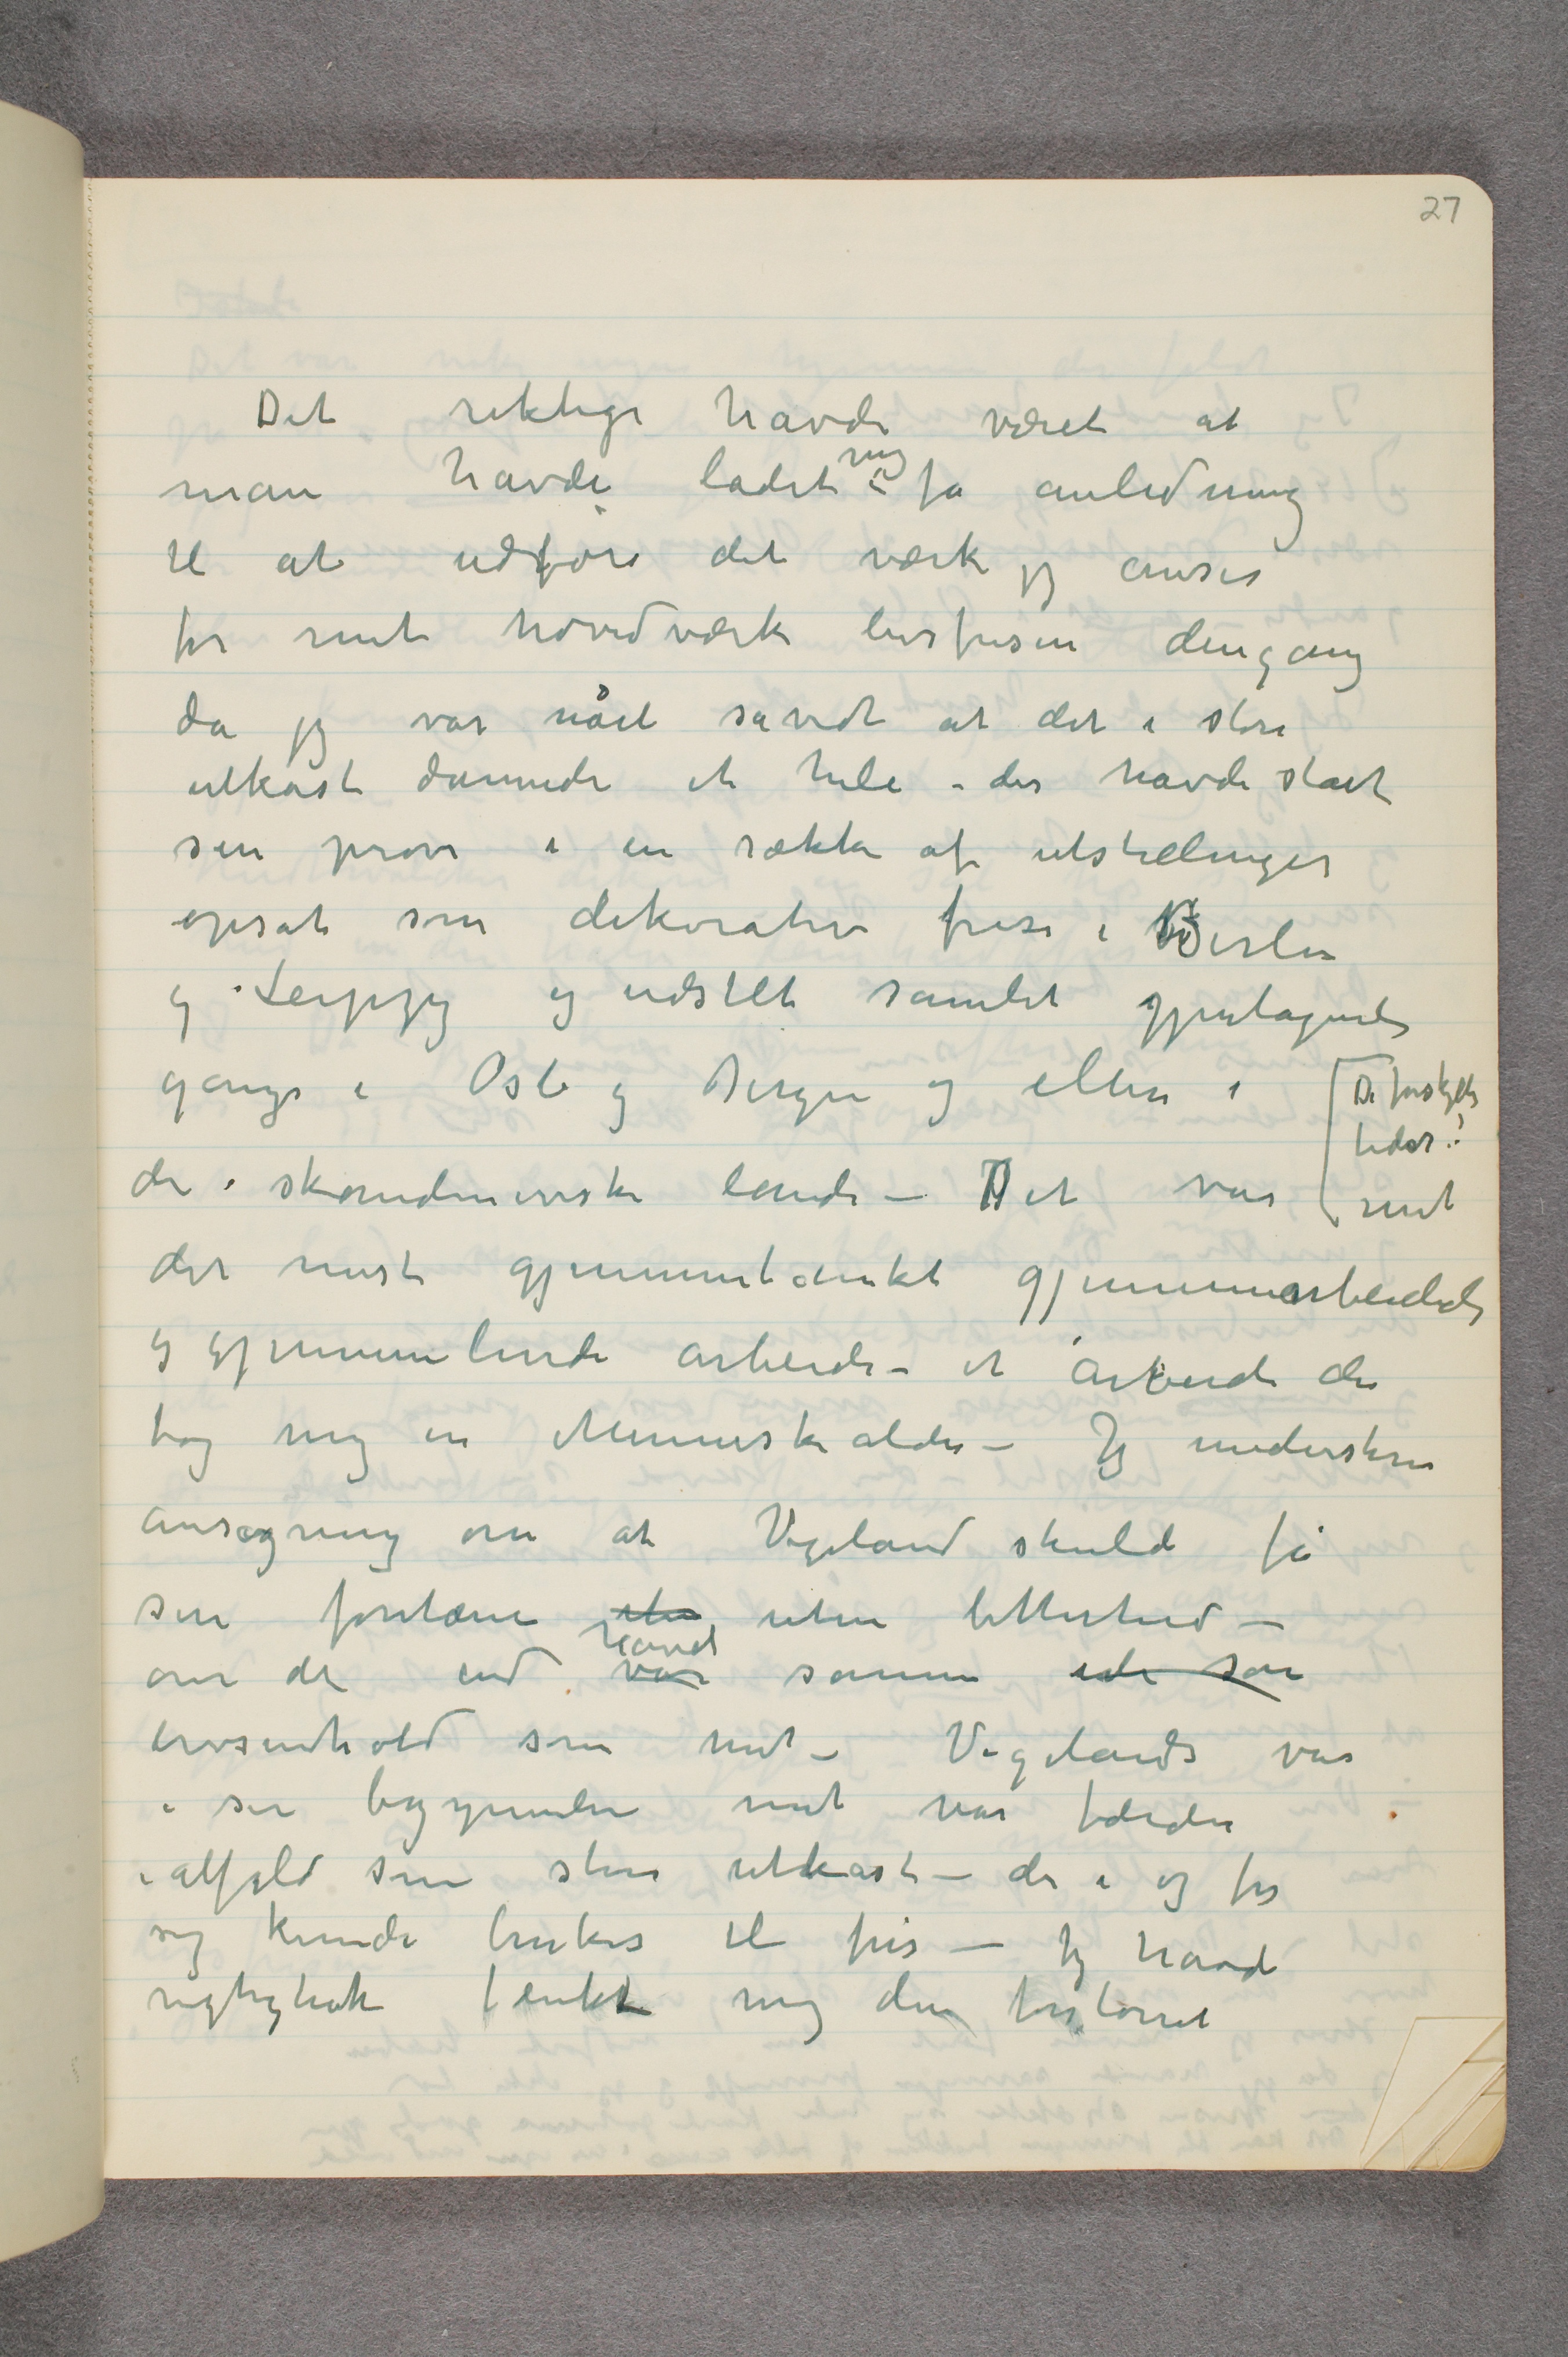
Det riktige havde været at
man havde ladet mig få anledning
til at udføre det værk jeg anser
for mit hovedværk livsfrisen dengang
da jeg var nået såvidt at det i store
utkast dannede et hele – der havde stået
sin prøve i en række af utstillinger
opsat som dekorativ frise i Berlin
og Leipzig og udstillet samlet gjentagende
gange i Oslo og Bergen og ellers i De forskjellige
tider!
de skandinaviske lande – Det var mit
det mest gjennemtænkte gjennemarbeidede
og gjennemlevde arbeide – et arbeide der
tog mig en Menneskealder – Jeg underskrev
ansøgning om at Vigeland skulde få
sin fontæne uten uten bitterhed –
om der end varhavet samme ide som
livsindhold som mit – Vigelands var
i sin begynnelse mit var færdig
i alfald som store utkast – der i og for
sig kunde brukes til fris – Jeg havde
rigtignok tenkt mig den forstørret